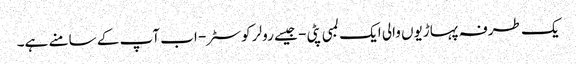
یک طرفہ پہاڑیوں والی ایک لمبی پٹی - جیسے رولر کوسٹر - اب آپ کے سامنے ہے۔